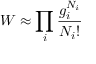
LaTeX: W \approx \prod _ { i } { \frac { g _ { i } ^ { N _ { i } } } { N _ { i } ! } }